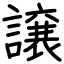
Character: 譲